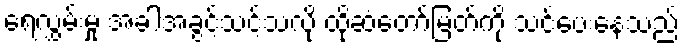
ရေလွှမ်းမှု အခါအခွင့်သင့်သလို ထိုဆံတော်မြတ်ကို သင်ပေးနေသည်